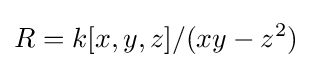
R=k[x,y,z]/(xy-z^{2})